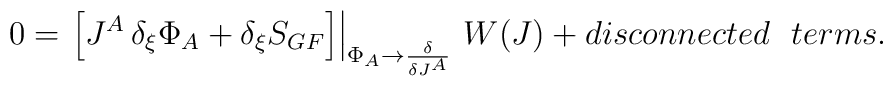
0=\left. \left[J^A \, \delta_{\xi}\Phi_A + \delta_{\xi} S_{GF}  \right] \right|_{\Phi_A\rightarrow  \frac{\delta}{\delta J^A}} \, W(J)+ disconnected~~terms.